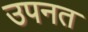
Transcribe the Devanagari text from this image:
उपनत